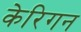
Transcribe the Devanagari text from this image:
केरिगन